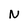
Character: N